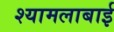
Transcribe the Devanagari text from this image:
श्यामलाबाई